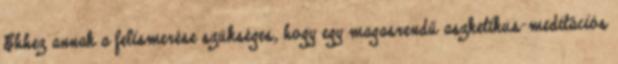
Ehhez annak a felismerése szükséges, hogy egy magasrendű aszketikus-meditációs